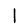
Digit: 1